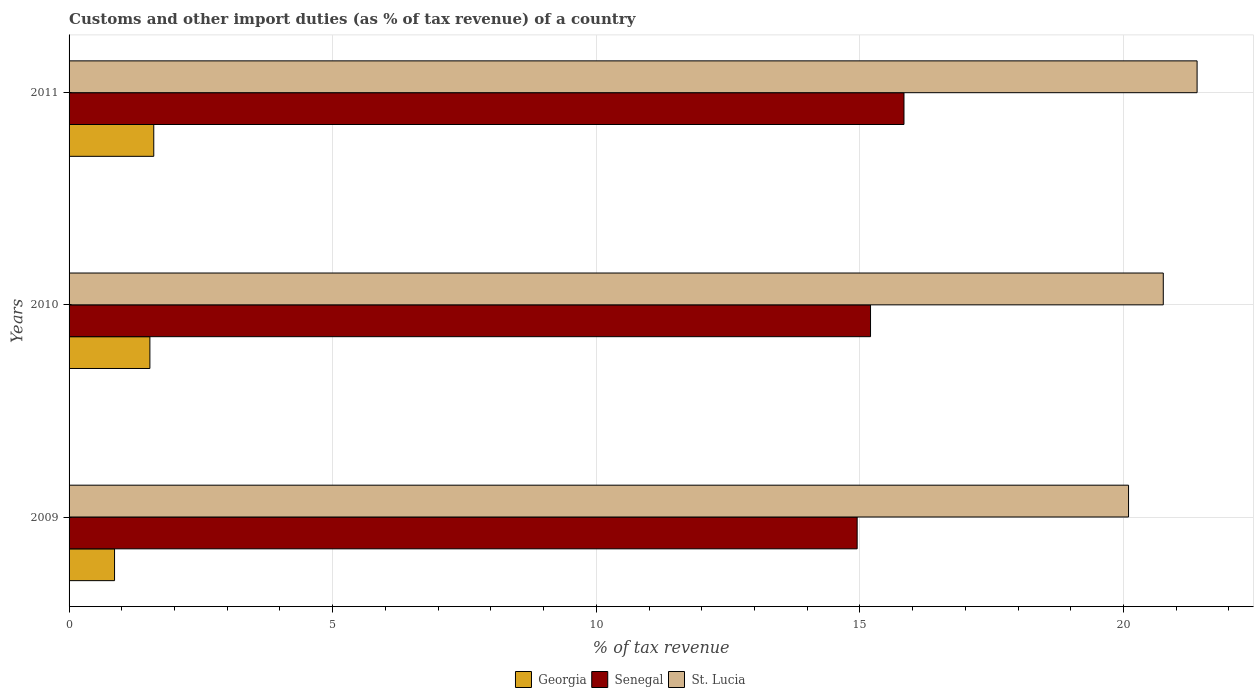
| Years | Georgia | Senegal | St. Lucia |
 | --- | --- | --- | --- |
 | 2009 | 0.863 | 14.9 | 20.1 |
 | 2010 | 1.53 | 15.2 | 20.8 |
 | 2011 | 1.61 | 15.8 | 21.4 |